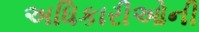
અધિકારીઓની